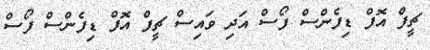
ޗީފް އޮފް ޑިފެންސް ފޯސް އަދި ވައިސް ޗީފް އޮފް ޑިފެންސް ފޯސް